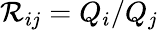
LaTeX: \mathcal{R}_{ij}=Q_{i}/Q_{j}